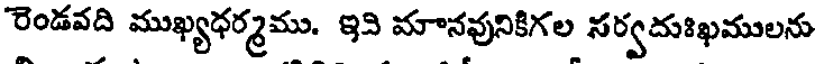
రెండవది ముఖ్యధర్మము. ఇవి మానవునికిగల సర్వదుఃఖములను